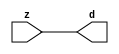

//------> ./rtl_mgc_ioport.v 
//------------------------------------------------------------------
//                M G C _ I O P O R T _ C O M P S
//------------------------------------------------------------------

//------------------------------------------------------------------
//                       M O D U L E S
//------------------------------------------------------------------

//------------------------------------------------------------------
//-- INPUT ENTITIES
//------------------------------------------------------------------

module mgc_in_wire (d, z);

  parameter integer rscid = 1;
  parameter integer width = 8;

  output [width-1:0] d;
  input  [width-1:0] z;

  wire   [width-1:0] d;

  assign d = z;

endmodule

//------------------------------------------------------------------

module mgc_in_wire_en (ld, d, lz, z);

  parameter integer rscid = 1;
  parameter integer width = 8;

  input              ld;
  output [width-1:0] d;
  output             lz;
  input  [width-1:0] z;

  wire   [width-1:0] d;
  wire               lz;

  assign d = z;
  assign lz = ld;

endmodule

//------------------------------------------------------------------

module mgc_in_wire_wait (ld, vd, d, lz, vz, z);

  parameter integer rscid = 1;
  parameter integer width = 8;

  input              ld;
  output             vd;
  output [width-1:0] d;
  output             lz;
  input              vz;
  input  [width-1:0] z;

  wire               vd;
  wire   [width-1:0] d;
  wire               lz;

  assign d = z;
  assign lz = ld;
  assign vd = vz;

endmodule
//------------------------------------------------------------------

module mgc_chan_in (ld, vd, d, lz, vz, z, size, req_size, sizez, sizelz);

  parameter integer rscid = 1;
  parameter integer width = 8;
  parameter integer sz_width = 8;

  input              ld;
  output             vd;
  output [width-1:0] d;
  output             lz;
  input              vz;
  input  [width-1:0] z;
  output [sz_width-1:0] size;
  input              req_size;
  input  [sz_width-1:0] sizez;
  output             sizelz;


  wire               vd;
  wire   [width-1:0] d;
  wire               lz;
  wire   [sz_width-1:0] size;
  wire               sizelz;

  assign d = z;
  assign lz = ld;
  assign vd = vz;
  assign size = sizez;
  assign sizelz = req_size;

endmodule


//------------------------------------------------------------------
//-- OUTPUT ENTITIES
//------------------------------------------------------------------

module mgc_out_stdreg (d, z);

  parameter integer rscid = 1;
  parameter integer width = 8;

  input    [width-1:0] d;
  output   [width-1:0] z;

  wire     [width-1:0] z;

  assign z = d;

endmodule

//------------------------------------------------------------------

module mgc_out_stdreg_en (ld, d, lz, z);

  parameter integer rscid = 1;
  parameter integer width = 8;

  input              ld;
  input  [width-1:0] d;
  output             lz;
  output [width-1:0] z;

  wire               lz;
  wire   [width-1:0] z;

  assign z = d;
  assign lz = ld;

endmodule

//------------------------------------------------------------------

module mgc_out_stdreg_wait (ld, vd, d, lz, vz, z);

  parameter integer rscid = 1;
  parameter integer width = 8;

  input              ld;
  output             vd;
  input  [width-1:0] d;
  output             lz;
  input              vz;
  output [width-1:0] z;

  wire               vd;
  wire               lz;
  wire   [width-1:0] z;

  assign z = d;
  assign lz = ld;
  assign vd = vz;

endmodule

//------------------------------------------------------------------

module mgc_out_prereg_en (ld, d, lz, z);

    parameter integer rscid = 1;
    parameter integer width = 8;

    input              ld;
    input  [width-1:0] d;
    output             lz;
    output [width-1:0] z;

    wire               lz;
    wire   [width-1:0] z;

    assign z = d;
    assign lz = ld;

endmodule

//------------------------------------------------------------------
//-- INOUT ENTITIES
//------------------------------------------------------------------

module mgc_inout_stdreg_en (ldin, din, ldout, dout, lzin, lzout, z);

    parameter integer rscid = 1;
    parameter integer width = 8;

    input              ldin;
    output [width-1:0] din;
    input              ldout;
    input  [width-1:0] dout;
    output             lzin;
    output             lzout;
    inout  [width-1:0] z;

    wire   [width-1:0] din;
    wire               lzin;
    wire               lzout;
    wire   [width-1:0] z;

    assign lzin = ldin;
    assign din = ldin ? z : {width{1'bz}};
    assign lzout = ldout;
    assign z = ldout ? dout : {width{1'bz}};

endmodule

//------------------------------------------------------------------
module hid_tribuf( I_SIG, ENABLE, O_SIG);
  parameter integer width = 8;

  input [width-1:0] I_SIG;
  input ENABLE;
  inout [width-1:0] O_SIG;

  assign O_SIG = (ENABLE) ? I_SIG : { width{1'bz}};

endmodule
//------------------------------------------------------------------

module mgc_inout_stdreg_wait (ldin, vdin, din, ldout, vdout, dout, lzin, vzin, lzout, vzout, z);

    parameter integer rscid = 1;
    parameter integer width = 8;

    input              ldin;
    output             vdin;
    output [width-1:0] din;
    input              ldout;
    output             vdout;
    input  [width-1:0] dout;
    output             lzin;
    input              vzin;
    output             lzout;
    input              vzout;
    inout  [width-1:0] z;

    wire               vdin;
    wire   [width-1:0] din;
    wire               vdout;
    wire               lzin;
    wire               lzout;
    wire   [width-1:0] z;
    wire   ldout_and_vzout;

    assign lzin = ldin;
    assign vdin = vzin;
    assign din = ldin ? z : {width{1'bz}};
    assign lzout = ldout;
    assign vdout = vzout ;
    assign ldout_and_vzout = ldout && vzout ;

    hid_tribuf #(width) tb( .I_SIG(dout),
                            .ENABLE(ldout_and_vzout),
                            .O_SIG(z) );

endmodule

//------------------------------------------------------------------

module mgc_inout_buf_wait (clk, en, arst, srst, ldin, vdin, din, ldout, vdout, dout, lzin, vzin, lzout, vzout, z);

    parameter integer rscid   = 0; // resource ID
    parameter integer width   = 8; // fifo width
    parameter         ph_clk  =  1'b1; // clock polarity 1=rising edge, 0=falling edge
    parameter         ph_en   =  1'b1; // clock enable polarity
    parameter         ph_arst =  1'b1; // async reset polarity
    parameter         ph_srst =  1'b1; // sync reset polarity

    input              clk;
    input              en;
    input              arst;
    input              srst;
    input              ldin;
    output             vdin;
    output [width-1:0] din;
    input              ldout;
    output             vdout;
    input  [width-1:0] dout;
    output             lzin;
    input              vzin;
    output             lzout;
    input              vzout;
    inout  [width-1:0] z;

    wire               lzout_buf;
    wire               vzout_buf;
    wire   [width-1:0] z_buf;
    wire               vdin;
    wire   [width-1:0] din;
    wire               vdout;
    wire               lzin;
    wire               lzout;
    wire   [width-1:0] z;

    assign lzin = ldin;
    assign vdin = vzin;
    assign din = ldin ? z : {width{1'bz}};
    assign lzout = lzout_buf & ~ldin;
    assign vzout_buf = vzout & ~ldin;
    hid_tribuf #(width) tb( .I_SIG(z_buf),
                            .ENABLE((lzout_buf && (!ldin) && vzout) ),
                            .O_SIG(z)  );

    mgc_out_buf_wait
    #(
        .rscid   (rscid),
        .width   (width),
        .ph_clk  (ph_clk),
        .ph_en   (ph_en),
        .ph_arst (ph_arst),
        .ph_srst (ph_srst)
    )
    BUFF
    (
        .clk     (clk),
        .en      (en),
        .arst    (arst),
        .srst    (srst),
        .ld      (ldout),
        .vd      (vdout),
        .d       (dout),
        .lz      (lzout_buf),
        .vz      (vzout_buf),
        .z       (z_buf)
    );


endmodule

module mgc_inout_fifo_wait (clk, en, arst, srst, ldin, vdin, din, ldout, vdout, dout, lzin, vzin, lzout, vzout, z);

    parameter integer rscid   = 0; // resource ID
    parameter integer width   = 8; // fifo width
    parameter integer fifo_sz = 8; // fifo depth
    parameter         ph_clk  = 1'b1;  // clock polarity 1=rising edge, 0=falling edge
    parameter         ph_en   = 1'b1;  // clock enable polarity
    parameter         ph_arst = 1'b1;  // async reset polarity
    parameter         ph_srst = 1'b1;  // sync reset polarity
    parameter integer ph_log2 = 3;     // log2(fifo_sz)
    parameter integer pwropt  = 0;     // pwropt

    input              clk;
    input              en;
    input              arst;
    input              srst;
    input              ldin;
    output             vdin;
    output [width-1:0] din;
    input              ldout;
    output             vdout;
    input  [width-1:0] dout;
    output             lzin;
    input              vzin;
    output             lzout;
    input              vzout;
    inout  [width-1:0] z;

    wire               lzout_buf;
    wire               vzout_buf;
    wire   [width-1:0] z_buf;
    wire               comb;
    wire               vdin;
    wire   [width-1:0] din;
    wire               vdout;
    wire               lzin;
    wire               lzout;
    wire   [width-1:0] z;

    assign lzin = ldin;
    assign vdin = vzin;
    assign din = ldin ? z : {width{1'bz}};
    assign lzout = lzout_buf & ~ldin;
    assign vzout_buf = vzout & ~ldin;
    assign comb = (lzout_buf && (!ldin) && vzout);

    hid_tribuf #(width) tb2( .I_SIG(z_buf), .ENABLE(comb), .O_SIG(z)  );

    mgc_out_fifo_wait
    #(
        .rscid   (rscid),
        .width   (width),
        .fifo_sz (fifo_sz),
        .ph_clk  (ph_clk),
        .ph_en   (ph_en),
        .ph_arst (ph_arst),
        .ph_srst (ph_srst),
        .ph_log2 (ph_log2),
        .pwropt  (pwropt)
    )
    FIFO
    (
        .clk   (clk),
        .en      (en),
        .arst    (arst),
        .srst    (srst),
        .ld      (ldout),
        .vd      (vdout),
        .d       (dout),
        .lz      (lzout_buf),
        .vz      (vzout_buf),
        .z       (z_buf)
    );

endmodule

//------------------------------------------------------------------
//-- I/O SYNCHRONIZATION ENTITIES
//------------------------------------------------------------------

module mgc_io_sync (ld, lz);

    input  ld;
    output lz;

    assign lz = ld;

endmodule

module mgc_bsync_rdy (rd, rz);

    parameter integer rscid   = 0; // resource ID
    parameter ready = 1;
    parameter valid = 0;

    input  rd;
    output rz;

    wire   rz;

    assign rz = rd;

endmodule

module mgc_bsync_vld (vd, vz);

    parameter integer rscid   = 0; // resource ID
    parameter ready = 0;
    parameter valid = 1;

    output vd;
    input  vz;

    wire   vd;

    assign vd = vz;

endmodule

module mgc_bsync_rv (rd, vd, rz, vz);

    parameter integer rscid   = 0; // resource ID
    parameter ready = 1;
    parameter valid = 1;

    input  rd;
    output vd;
    output rz;
    input  vz;

    wire   vd;
    wire   rz;

    assign rz = rd;
    assign vd = vz;

endmodule

//------------------------------------------------------------------

module mgc_sync (ldin, vdin, ldout, vdout);

  input  ldin;
  output vdin;
  input  ldout;
  output vdout;

  wire   vdin;
  wire   vdout;

  assign vdin = ldout;
  assign vdout = ldin;

endmodule

///////////////////////////////////////////////////////////////////////////////
// dummy function used to preserve funccalls for modulario
// it looks like a memory read to the caller
///////////////////////////////////////////////////////////////////////////////
module funccall_inout (d, ad, bd, z, az, bz);

  parameter integer ram_id = 1;
  parameter integer width = 8;
  parameter integer addr_width = 8;

  output [width-1:0]       d;
  input  [addr_width-1:0]  ad;
  input                    bd;
  input  [width-1:0]       z;
  output [addr_width-1:0]  az;
  output                   bz;

  wire   [width-1:0]       d;
  wire   [addr_width-1:0]  az;
  wire                     bz;

  assign d  = z;
  assign az = ad;
  assign bz = bd;

endmodule


///////////////////////////////////////////////////////////////////////////////
// inlinable modular io not otherwise found in mgc_ioport
///////////////////////////////////////////////////////////////////////////////

module modulario_en_in (vd, d, vz, z);

  parameter integer rscid = 1;
  parameter integer width = 8;

  output             vd;
  output [width-1:0] d;
  input              vz;
  input  [width-1:0] z;

  wire   [width-1:0] d;
  wire               vd;

  assign d = z;
  assign vd = vz;

endmodule

//------> ./rtl_mgc_ioport_v2001.v 
//------------------------------------------------------------------

module mgc_out_reg_pos (clk, en, arst, srst, ld, d, lz, z);

    parameter integer rscid   = 1;
    parameter integer width   = 8;
    parameter         ph_en   =  1'b1;
    parameter         ph_arst =  1'b1;
    parameter         ph_srst =  1'b1;

    input              clk;
    input              en;
    input              arst;
    input              srst;
    input              ld;
    input  [width-1:0] d;
    output             lz;
    output [width-1:0] z;

    reg                lz;
    reg    [width-1:0] z;

    generate
    if (ph_arst == 1'b0)
    begin: NEG_ARST
        always @(posedge clk or negedge arst)
        if (arst == 1'b0)
        begin: B1
            lz <= 1'b0;
            z  <= {width{1'b0}};
        end
        else if (srst == ph_srst)
        begin: B2
            lz <= 1'b0;
            z  <= {width{1'b0}};
        end
        else if (en == ph_en)
        begin: B3
            lz <= ld;
            z  <= (ld) ? d : z;
        end
    end
    else
    begin: POS_ARST
        always @(posedge clk or posedge arst)
        if (arst == 1'b1)
        begin: B1
            lz <= 1'b0;
            z  <= {width{1'b0}};
        end
        else if (srst == ph_srst)
        begin: B2
            lz <= 1'b0;
            z  <= {width{1'b0}};
        end
        else if (en == ph_en)
        begin: B3
            lz <= ld;
            z  <= (ld) ? d : z;
        end
    end
    endgenerate

endmodule

//------------------------------------------------------------------

module mgc_out_reg_neg (clk, en, arst, srst, ld, d, lz, z);

    parameter integer rscid   = 1;
    parameter integer width   = 8;
    parameter         ph_en   =  1'b1;
    parameter         ph_arst =  1'b1;
    parameter         ph_srst =  1'b1;

    input              clk;
    input              en;
    input              arst;
    input              srst;
    input              ld;
    input  [width-1:0] d;
    output             lz;
    output [width-1:0] z;

    reg                lz;
    reg    [width-1:0] z;

    generate
    if (ph_arst == 1'b0)
    begin: NEG_ARST
        always @(negedge clk or negedge arst)
        if (arst == 1'b0)
        begin: B1
            lz <= 1'b0;
            z  <= {width{1'b0}};
        end
        else if (srst == ph_srst)
        begin: B2
            lz <= 1'b0;
            z  <= {width{1'b0}};
        end
        else if (en == ph_en)
        begin: B3
            lz <= ld;
            z  <= (ld) ? d : z;
        end
    end
    else
    begin: POS_ARST
        always @(negedge clk or posedge arst)
        if (arst == 1'b1)
        begin: B1
            lz <= 1'b0;
            z  <= {width{1'b0}};
        end
        else if (srst == ph_srst)
        begin: B2
            lz <= 1'b0;
            z  <= {width{1'b0}};
        end
        else if (en == ph_en)
        begin: B3
            lz <= ld;
            z  <= (ld) ? d : z;
        end
    end
    endgenerate

endmodule

//------------------------------------------------------------------

module mgc_out_reg (clk, en, arst, srst, ld, d, lz, z); // Not Supported

    parameter integer rscid   = 1;
    parameter integer width   = 8;
    parameter         ph_clk  =  1'b1;
    parameter         ph_en   =  1'b1;
    parameter         ph_arst =  1'b1;
    parameter         ph_srst =  1'b1;

    input              clk;
    input              en;
    input              arst;
    input              srst;
    input              ld;
    input  [width-1:0] d;
    output             lz;
    output [width-1:0] z;


    generate
    if (ph_clk == 1'b0)
    begin: NEG_EDGE

        mgc_out_reg_neg
        #(
            .rscid   (rscid),
            .width   (width),
            .ph_en   (ph_en),
            .ph_arst (ph_arst),
            .ph_srst (ph_srst)
        )
        mgc_out_reg_neg_inst
        (
            .clk     (clk),
            .en      (en),
            .arst    (arst),
            .srst    (srst),
            .ld      (ld),
            .d       (d),
            .lz      (lz),
            .z       (z)
        );

    end
    else
    begin: POS_EDGE

        mgc_out_reg_pos
        #(
            .rscid   (rscid),
            .width   (width),
            .ph_en   (ph_en),
            .ph_arst (ph_arst),
            .ph_srst (ph_srst)
        )
        mgc_out_reg_pos_inst
        (
            .clk     (clk),
            .en      (en),
            .arst    (arst),
            .srst    (srst),
            .ld      (ld),
            .d       (d),
            .lz      (lz),
            .z       (z)
        );

    end
    endgenerate

endmodule




//------------------------------------------------------------------

module mgc_out_buf_wait (clk, en, arst, srst, ld, vd, d, vz, lz, z); // Not supported

    parameter integer rscid   = 1;
    parameter integer width   = 8;
    parameter         ph_clk  =  1'b1;
    parameter         ph_en   =  1'b1;
    parameter         ph_arst =  1'b1;
    parameter         ph_srst =  1'b1;

    input              clk;
    input              en;
    input              arst;
    input              srst;
    input              ld;
    output             vd;
    input  [width-1:0] d;
    output             lz;
    input              vz;
    output [width-1:0] z;

    wire               filled;
    wire               filled_next;
    wire   [width-1:0] abuf;
    wire               lbuf;


    assign filled_next = (filled & (~vz)) | (filled & ld) | (ld & (~vz));

    assign lbuf = ld & ~(filled ^ vz);

    assign vd = vz | ~filled;

    assign lz = ld | filled;

    assign z = (filled) ? abuf : d;

    wire dummy;
    wire dummy_bufreg_lz;

    // Output registers:
    mgc_out_reg
    #(
        .rscid   (rscid),
        .width   (1'b1),
        .ph_clk  (ph_clk),
        .ph_en   (ph_en),
        .ph_arst (ph_arst),
        .ph_srst (ph_srst)
    )
    STATREG
    (
        .clk     (clk),
        .en      (en),
        .arst    (arst),
        .srst    (srst),
        .ld      (filled_next),
        .d       (1'b0),       // input d is unused
        .lz      (filled),
        .z       (dummy)            // output z is unused
    );

    mgc_out_reg
    #(
        .rscid   (rscid),
        .width   (width),
        .ph_clk  (ph_clk),
        .ph_en   (ph_en),
        .ph_arst (ph_arst),
        .ph_srst (ph_srst)
    )
    BUFREG
    (
        .clk     (clk),
        .en      (en),
        .arst    (arst),
        .srst    (srst),
        .ld      (lbuf),
        .d       (d),
        .lz      (dummy_bufreg_lz),
        .z       (abuf)
    );

endmodule

//------------------------------------------------------------------

module mgc_out_fifo_wait (clk, en, arst, srst, ld, vd, d, lz, vz,  z);

    parameter integer rscid   = 0; // resource ID
    parameter integer width   = 8; // fifo width
    parameter integer fifo_sz = 8; // fifo depth
    parameter         ph_clk  = 1'b1; // clock polarity 1=rising edge, 0=falling edge
    parameter         ph_en   = 1'b1; // clock enable polarity
    parameter         ph_arst = 1'b1; // async reset polarity
    parameter         ph_srst = 1'b1; // sync reset polarity
    parameter integer ph_log2 = 3; // log2(fifo_sz)
    parameter integer pwropt  = 0; // pwropt


    input                 clk;
    input                 en;
    input                 arst;
    input                 srst;
    input                 ld;    // load data
    output                vd;    // fifo full active low
    input     [width-1:0] d;
    output                lz;    // fifo ready to send
    input                 vz;    // dest ready for data
    output    [width-1:0] z;

    wire    [31:0]      size;


      // Output registers:
 mgc_out_fifo_wait_core#(
        .rscid   (rscid),
        .width   (width),
        .sz_width (32),
        .fifo_sz (fifo_sz),
        .ph_clk  (ph_clk),
        .ph_en   (ph_en),
        .ph_arst (ph_arst),
        .ph_srst (ph_srst),
        .ph_log2 (ph_log2),
        .pwropt  (pwropt)
        ) CORE (
        .clk (clk),
        .en (en),
        .arst (arst),
        .srst (srst),
        .ld (ld),
        .vd (vd),
        .d (d),
        .lz (lz),
        .vz (vz),
        .z (z),
        .size (size)
        );

endmodule



module mgc_out_fifo_wait_core (clk, en, arst, srst, ld, vd, d, lz, vz,  z, size);

    parameter integer rscid   = 0; // resource ID
    parameter integer width   = 8; // fifo width
    parameter integer sz_width = 8; // size of port for elements in fifo
    parameter integer fifo_sz = 8; // fifo depth
    parameter         ph_clk  =  1'b1; // clock polarity 1=rising edge, 0=falling edge
    parameter         ph_en   =  1'b1; // clock enable polarity
    parameter         ph_arst =  1'b1; // async reset polarity
    parameter         ph_srst =  1'b1; // sync reset polarity
    parameter integer ph_log2 = 3; // log2(fifo_sz)
    parameter integer pwropt  = 0; // pwropt

   localparam integer  fifo_b = width * fifo_sz;

    input                 clk;
    input                 en;
    input                 arst;
    input                 srst;
    input                 ld;    // load data
    output                vd;    // fifo full active low
    input     [width-1:0] d;
    output                lz;    // fifo ready to send
    input                 vz;    // dest ready for data
    output    [width-1:0] z;
    output    [sz_width-1:0]      size;

    reg      [( (fifo_sz > 0) ? fifo_sz : 1)-1:0] stat_pre;
    wire     [( (fifo_sz > 0) ? fifo_sz : 1)-1:0] stat;
    reg      [( (fifo_b > 0) ? fifo_b : 1)-1:0] buff_pre;
    wire     [( (fifo_b > 0) ? fifo_b : 1)-1:0] buff;
    reg      [( (fifo_sz > 0) ? fifo_sz : 1)-1:0] en_l;
    reg      [(((fifo_sz > 0) ? fifo_sz : 1)-1)/8:0] en_l_s;

    reg       [width-1:0] buff_nxt;

    reg                   stat_nxt;
    reg                   stat_before;
    reg                   stat_after;
    reg                   en_l_var;

    integer               i;
    genvar                eni;

    wire [32:0]           size_t;
    reg [31:0]            count;
    reg [31:0]            count_t;
    reg [32:0]            n_elem;
// pragma translate_off
    reg [31:0]            peak;
// pragma translate_on

    wire [( (fifo_sz > 0) ? fifo_sz : 1)-1:0] dummy_statreg_lz;
    wire [( (fifo_b > 0) ? fifo_b : 1)-1:0] dummy_bufreg_lz;

    generate
    if ( fifo_sz > 0 )
    begin: FIFO_REG
      assign vd = vz | ~stat[0];
      assign lz = ld | stat[fifo_sz-1];
      assign size_t = (count - (vz && stat[fifo_sz-1])) + ld;
      assign size = size_t[sz_width-1:0];
      assign z = (stat[fifo_sz-1]) ? buff[fifo_b-1:width*(fifo_sz-1)] : d;

      always @(*)
      begin: FIFOPROC
        n_elem = 33'b0;
        for (i = fifo_sz-1; i >= 0; i = i - 1)
        begin
          if (i != 0)
            stat_before = stat[i-1];
          else
            stat_before = 1'b0;

          if (i != (fifo_sz-1))
            stat_after = stat[i+1];
          else
            stat_after = 1'b1;

          stat_nxt = stat_after &
                    (stat_before | (stat[i] & (~vz)) | (stat[i] & ld) | (ld & (~vz)));

          stat_pre[i] = stat_nxt;
          en_l_var = 1'b1;
          if (!stat_nxt)
            begin
              buff_nxt = {width{1'b0}};
              en_l_var = 1'b0;
            end
          else if (vz && stat_before)
            buff_nxt[0+:width] = buff[width*(i-1)+:width];
          else if (ld && !((vz && stat_before) || ((!vz) && stat[i])))
            buff_nxt = d;
          else
            begin
              if (pwropt == 0)
                buff_nxt[0+:width] = buff[width*i+:width];
              else
                buff_nxt = {width{1'b0}};
              en_l_var = 1'b0;
            end

          if (ph_en != 0)
            en_l[i] = en & en_l_var;
          else
            en_l[i] = en | ~en_l_var;

          buff_pre[width*i+:width] = buff_nxt[0+:width];

          if ((stat_after == 1'b1) && (stat[i] == 1'b0))
            n_elem = ($unsigned(fifo_sz) - 1) - i;
        end

        if (ph_en != 0)
          en_l_s[(((fifo_sz > 0) ? fifo_sz : 1)-1)/8] = 1'b1;
        else
          en_l_s[(((fifo_sz > 0) ? fifo_sz : 1)-1)/8] = 1'b0;

        for (i = fifo_sz-1; i >= 7; i = i - 1)
        begin
          if ((i%'d2) == 0)
          begin
            if (ph_en != 0)
              en_l_s[(i/8)-1] = en & (stat[i]|stat_pre[i-1]);
            else
              en_l_s[(i/8)-1] = en | ~(stat[i]|stat_pre[i-1]);
          end
        end

        if ( stat[fifo_sz-1] == 1'b0 )
          count_t = 32'b0;
        else if ( stat[0] == 1'b1 )
          count_t = { {(32-ph_log2){1'b0}}, fifo_sz};
        else
          count_t = n_elem[31:0];
        count = count_t;
// pragma translate_off
        if ( peak < count )
          peak = count;
// pragma translate_on
      end

      if (pwropt == 0)
      begin: NOCGFIFO
        // Output registers:
        mgc_out_reg
        #(
            .rscid   (rscid),
            .width   (fifo_sz),
            .ph_clk  (ph_clk),
            .ph_en   (ph_en),
            .ph_arst (ph_arst),
            .ph_srst (ph_srst)
        )
        STATREG
        (
            .clk     (clk),
            .en      (en),
            .arst    (arst),
            .srst    (srst),
            .ld      (1'b1),
            .d       (stat_pre),
            .lz      (dummy_statreg_lz[0]),
            .z       (stat)
        );
        mgc_out_reg
        #(
            .rscid   (rscid),
            .width   (fifo_b),
            .ph_clk  (ph_clk),
            .ph_en   (ph_en),
            .ph_arst (ph_arst),
            .ph_srst (ph_srst)
        )
        BUFREG
        (
            .clk     (clk),
            .en      (en),
            .arst    (arst),
            .srst    (srst),
            .ld      (1'b1),
            .d       (buff_pre),
            .lz      (dummy_bufreg_lz[0]),
            .z       (buff)
        );
      end
      else
      begin: CGFIFO
        // Output registers:
        if ( pwropt > 1)
        begin: CGSTATFIFO2
          for (eni = fifo_sz-1; eni >= 0; eni = eni - 1)
          begin: pwroptGEN1
            mgc_out_reg
            #(
              .rscid   (rscid),
              .width   (1),
              .ph_clk  (ph_clk),
              .ph_en   (ph_en),
              .ph_arst (ph_arst),
              .ph_srst (ph_srst)
            )
            STATREG
            (
              .clk     (clk),
              .en      (en_l_s[eni/8]),
              .arst    (arst),
              .srst    (srst),
              .ld      (1'b1),
              .d       (stat_pre[eni]),
              .lz      (dummy_statreg_lz[eni]),
              .z       (stat[eni])
            );
          end
        end
        else
        begin: CGSTATFIFO
          mgc_out_reg
          #(
            .rscid   (rscid),
            .width   (fifo_sz),
            .ph_clk  (ph_clk),
            .ph_en   (ph_en),
            .ph_arst (ph_arst),
            .ph_srst (ph_srst)
          )
          STATREG
          (
            .clk     (clk),
            .en      (en),
            .arst    (arst),
            .srst    (srst),
            .ld      (1'b1),
            .d       (stat_pre),
            .lz      (dummy_statreg_lz[0]),
            .z       (stat)
          );
        end
        for (eni = fifo_sz-1; eni >= 0; eni = eni - 1)
        begin: pwroptGEN2
          mgc_out_reg
          #(
            .rscid   (rscid),
            .width   (width),
            .ph_clk  (ph_clk),
            .ph_en   (ph_en),
            .ph_arst (ph_arst),
            .ph_srst (ph_srst)
          )
          BUFREG
          (
            .clk     (clk),
            .en      (en_l[eni]),
            .arst    (arst),
            .srst    (srst),
            .ld      (1'b1),
            .d       (buff_pre[width*eni+:width]),
            .lz      (dummy_bufreg_lz[eni]),
            .z       (buff[width*eni+:width])
          );
        end
      end
    end
    else
    begin: FEED_THRU
      assign vd = vz;
      assign lz = ld;
      assign z = d;
      assign size = ld && !vz;
    end
    endgenerate

endmodule

//------------------------------------------------------------------
//-- PIPE ENTITIES
//------------------------------------------------------------------
/*
 *
 *             _______________________________________________
 * WRITER    |                                               |          READER
 *           |           MGC_PIPE                            |
 *           |           __________________________          |
 *        --<| vdout  --<| vd ---------------  vz<|-----ldin<|---
 *           |           |      FIFO              |          |
 *        ---|>ldout  ---|>ld ---------------- lz |> ---vdin |>--
 *        ---|>dout -----|>d  ---------------- dz |> ----din |>--
 *           |           |________________________|          |
 *           |_______________________________________________|
 */
// two clock pipe
module mgc_pipe (clk, en, arst, srst, ldin, vdin, din, ldout, vdout, dout, size, req_size);

    parameter integer rscid   = 0; // resource ID
    parameter integer width   = 8; // fifo width
    parameter integer sz_width = 8; // width of size of elements in fifo
    parameter integer fifo_sz = 8; // fifo depth
    parameter integer log2_sz = 3; // log2(fifo_sz)
    parameter         ph_clk  = 1'b1;  // clock polarity 1=rising edge, 0=falling edge
    parameter         ph_en   = 1'b1;  // clock enable polarity
    parameter         ph_arst = 1'b1;  // async reset polarity
    parameter         ph_srst = 1'b1;  // sync reset polarity
    parameter integer pwropt  = 0; // pwropt

    input              clk;
    input              en;
    input              arst;
    input              srst;
    input              ldin;
    output             vdin;
    output [width-1:0] din;
    input              ldout;
    output             vdout;
    input  [width-1:0] dout;
    output [sz_width-1:0]      size;
    input              req_size;


    mgc_out_fifo_wait_core
    #(
        .rscid    (rscid),
        .width    (width),
        .sz_width (sz_width),
        .fifo_sz  (fifo_sz),
        .ph_clk   (ph_clk),
        .ph_en    (ph_en),
        .ph_arst  (ph_arst),
        .ph_srst  (ph_srst),
        .ph_log2  (log2_sz),
        .pwropt   (pwropt)
    )
    FIFO
    (
        .clk     (clk),
        .en      (en),
        .arst    (arst),
        .srst    (srst),
        .ld      (ldout),
        .vd      (vdout),
        .d       (dout),
        .lz      (vdin),
        .vz      (ldin),
        .z       (din),
        .size    (size)
    );

endmodule


//------> ./rtl.v 
// ----------------------------------------------------------------------
//  HLS HDL:        Verilog Netlister
//  HLS Version:    2011a.126 Production Release
//  HLS Date:       Wed Aug  8 00:52:07 PDT 2012
// 
//  Generated by:   kjr115@EEWS104A-022
//  Generated date: Mon May 09 17:53:28 2016
// ----------------------------------------------------------------------

// 
// ------------------------------------------------------------------
//  Design Unit:    MazeArrayTester_core_fsm
//  FSM Module
// ------------------------------------------------------------------


module MazeArrayTester_core_fsm (
  clk, rst, fsm_output, st_main_tr0, st_if_for_for_1_tr0, st_if_for_tr0
);
  input clk;
  input rst;
  output [4:0] fsm_output;
  reg [4:0] fsm_output;
  input st_main_tr0;
  input st_if_for_for_1_tr0;
  input st_if_for_tr0;


  // FSM State Type Declaration for MazeArrayTester_core_fsm_1
  parameter
    st_core_rlp = 3'd0,
    st_main = 3'd1,
    st_if_for_for = 3'd2,
    st_if_for_for_1 = 3'd3,
    st_if_for = 3'd4,
    state_x = 3'b000;

  reg [2:0] state_var;
  reg [2:0] state_var_NS;


  // Interconnect Declarations for Component Instantiations 
  always @(*)
  begin : MazeArrayTester_core_fsm_1
    case (state_var)
      st_core_rlp : begin
        fsm_output = 5'b1;
        state_var_NS = st_main;
      end
      st_main : begin
        fsm_output = 5'b10;
        if ( st_main_tr0 ) begin
          state_var_NS = st_main;
        end
        else begin
          state_var_NS = st_if_for_for;
        end
      end
      st_if_for_for : begin
        fsm_output = 5'b100;
        state_var_NS = st_if_for_for_1;
      end
      st_if_for_for_1 : begin
        fsm_output = 5'b1000;
        if ( st_if_for_for_1_tr0 ) begin
          state_var_NS = st_if_for;
        end
        else begin
          state_var_NS = st_if_for_for;
        end
      end
      st_if_for : begin
        fsm_output = 5'b10000;
        if ( st_if_for_tr0 ) begin
          state_var_NS = st_main;
        end
        else begin
          state_var_NS = st_if_for_for;
        end
      end
      default : begin
        fsm_output = 5'b00000;
        state_var_NS = st_core_rlp;
      end
    endcase
  end

  always @(posedge clk) begin
    if ( rst ) begin
      state_var <= st_core_rlp;
    end
    else begin
      state_var <= state_var_NS;
    end
  end

endmodule

// ------------------------------------------------------------------
//  Design Unit:    MazeArrayTester_core
// ------------------------------------------------------------------


module MazeArrayTester_core (
  clk, rst, row_rsc_mgc_out_stdreg_d, col_rsc_mgc_out_stdreg_d, out_rsc_mgc_out_stdreg_d,
      write_rsc_mgc_out_stdreg_d
);
  input clk;
  input rst;
  output [4:0] row_rsc_mgc_out_stdreg_d;
  reg [4:0] row_rsc_mgc_out_stdreg_d;
  output [4:0] col_rsc_mgc_out_stdreg_d;
  reg [4:0] col_rsc_mgc_out_stdreg_d;
  output [2:0] out_rsc_mgc_out_stdreg_d;
  reg [2:0] out_rsc_mgc_out_stdreg_d;
  output write_rsc_mgc_out_stdreg_d;
  reg write_rsc_mgc_out_stdreg_d;


  // Interconnect Declarations
  wire [4:0] fsm_output;
  wire and_dcpl_4;
  wire and_dcpl_5;
  reg written_sva;
  reg [4:0] if_for_i_1_sva;
  reg [4:0] if_for_for_j_1_sva_1;
  reg if_for_for_slc_itm;
  wire and_8_cse;
  wire [5:0] z_out;
  wire [6:0] nl_z_out;
  wire [4:0] z_out_1;
  wire [5:0] nl_z_out_1;

  wire[4:0] mux_3_nl;

  // Interconnect Declarations for Component Instantiations 
  wire [0:0] nl_MazeArrayTester_core_fsm_inst_st_if_for_for_1_tr0;
  assign nl_MazeArrayTester_core_fsm_inst_st_if_for_for_1_tr0 = ~ if_for_for_slc_itm;
  wire [0:0] nl_MazeArrayTester_core_fsm_inst_st_if_for_tr0;
  assign nl_MazeArrayTester_core_fsm_inst_st_if_for_tr0 = ~ (z_out[5]);
  MazeArrayTester_core_fsm MazeArrayTester_core_fsm_inst (
      .clk(clk),
      .rst(rst),
      .fsm_output(fsm_output),
      .st_main_tr0(written_sva),
      .st_if_for_for_1_tr0(nl_MazeArrayTester_core_fsm_inst_st_if_for_for_1_tr0),
      .st_if_for_tr0(nl_MazeArrayTester_core_fsm_inst_st_if_for_tr0)
    );
  assign and_8_cse = (~((fsm_output[4]) & (z_out[5]))) & (written_sva | (~ (fsm_output[1])))
      & (~(if_for_for_slc_itm & (fsm_output[3])));
  assign and_dcpl_4 = (~ written_sva) & (fsm_output[1]);
  assign and_dcpl_5 = (fsm_output[4]) & (z_out[5]);
  always @(posedge clk) begin
    if ( rst ) begin
      write_rsc_mgc_out_stdreg_d <= 1'b0;
      out_rsc_mgc_out_stdreg_d <= 3'b0;
      col_rsc_mgc_out_stdreg_d <= 5'b0;
      row_rsc_mgc_out_stdreg_d <= 5'b0;
      written_sva <= 1'b0;
      if_for_i_1_sva <= 5'b0;
      if_for_for_slc_itm <= 1'b0;
      if_for_for_j_1_sva_1 <= 5'b0;
    end
    else begin
      write_rsc_mgc_out_stdreg_d <= (write_rsc_mgc_out_stdreg_d & (~(((fsm_output[4])
          & (~ (z_out[5]))) | (written_sva & (fsm_output[1]))))) | (fsm_output[0]);
      out_rsc_mgc_out_stdreg_d <= MUX_v_3_2_2({out_rsc_mgc_out_stdreg_d , ({2'b0
          , ((~((~((if_for_i_1_sva[4]) & (if_for_i_1_sva[3]) & (if_for_i_1_sva[1])
          & (~((if_for_i_1_sva[2]) | (if_for_i_1_sva[0]))))) & ((if_for_i_1_sva[4])
          | (if_for_i_1_sva[3]) | (if_for_i_1_sva[2]) | (if_for_i_1_sva[1]) | (if_for_i_1_sva[0]))))
          | (~((~((col_rsc_mgc_out_stdreg_d[4]) & (col_rsc_mgc_out_stdreg_d[3]) &
          (col_rsc_mgc_out_stdreg_d[1]) & (~((col_rsc_mgc_out_stdreg_d[2]) | (col_rsc_mgc_out_stdreg_d[0])))))
          & ((col_rsc_mgc_out_stdreg_d[4]) | (col_rsc_mgc_out_stdreg_d[3]) | (col_rsc_mgc_out_stdreg_d[2])
          | (col_rsc_mgc_out_stdreg_d[1]) | (col_rsc_mgc_out_stdreg_d[0])))))})},
          fsm_output[2]);
      col_rsc_mgc_out_stdreg_d <= (MUX_v_5_2_2({if_for_for_j_1_sva_1 , col_rsc_mgc_out_stdreg_d},
          and_8_cse)) & (signext_5_1(~(and_dcpl_5 | and_dcpl_4)));
      row_rsc_mgc_out_stdreg_d <= (MUX1HOT_v_5_3_2({if_for_i_1_sva , z_out_1 , row_rsc_mgc_out_stdreg_d},
          {(if_for_for_slc_itm & (fsm_output[3])) , and_dcpl_5 , and_8_cse})) & (signext_5_1(~
          and_dcpl_4));
      written_sva <= (fsm_output[4]) | (fsm_output[1]);
      if_for_i_1_sva <= (MUX_v_5_2_2({z_out_1 , if_for_i_1_sva}, ~((fsm_output[4])
          | (fsm_output[1])))) & (signext_5_1(~ (fsm_output[1])));
      if_for_for_slc_itm <= z_out[5];
      if_for_for_j_1_sva_1 <= z_out_1;
    end
  end
  assign nl_z_out = conv_u2u_5_6(z_out_1) + 6'b100101;
  assign z_out = nl_z_out[5:0];
  assign mux_3_nl = MUX_v_5_2_2({col_rsc_mgc_out_stdreg_d , if_for_i_1_sva}, fsm_output[4]);
  assign nl_z_out_1 = (mux_3_nl) + 5'b1;
  assign z_out_1 = nl_z_out_1[4:0];

  function [2:0] MUX_v_3_2_2;
    input [5:0] inputs;
    input [0:0] sel;
    reg [2:0] result;
  begin
    case (sel)
      1'b0 : begin
        result = inputs[5:3];
      end
      1'b1 : begin
        result = inputs[2:0];
      end
      default : begin
        result = inputs[5:3];
      end
    endcase
    MUX_v_3_2_2 = result;
  end
  endfunction


  function [4:0] MUX_v_5_2_2;
    input [9:0] inputs;
    input [0:0] sel;
    reg [4:0] result;
  begin
    case (sel)
      1'b0 : begin
        result = inputs[9:5];
      end
      1'b1 : begin
        result = inputs[4:0];
      end
      default : begin
        result = inputs[9:5];
      end
    endcase
    MUX_v_5_2_2 = result;
  end
  endfunction


  function [4:0] signext_5_1;
    input [0:0] vector;
  begin
    signext_5_1= {{4{vector[0]}}, vector};
  end
  endfunction


  function [4:0] MUX1HOT_v_5_3_2;
    input [14:0] inputs;
    input [2:0] sel;
    reg [4:0] result;
    integer i;
  begin
    result = inputs[0+:5] & {5{sel[0]}};
    for( i = 1; i < 3; i = i + 1 )
      result = result | (inputs[i*5+:5] & {5{sel[i]}});
    MUX1HOT_v_5_3_2 = result;
  end
  endfunction


  function  [5:0] conv_u2u_5_6 ;
    input [4:0]  vector ;
  begin
    conv_u2u_5_6 = {1'b0, vector};
  end
  endfunction

endmodule

// ------------------------------------------------------------------
//  Design Unit:    MazeArrayTester
//  Generated from file(s):
//    2) $PROJECT_HOME/../../src/MazeArrayTester.cpp
// ------------------------------------------------------------------


module MazeArrayTester (
  row_rsc_z, col_rsc_z, out_rsc_z, write_rsc_z, clk, rst
);
  output [4:0] row_rsc_z;
  output [4:0] col_rsc_z;
  output [2:0] out_rsc_z;
  output write_rsc_z;
  input clk;
  input rst;


  // Interconnect Declarations
  wire [4:0] row_rsc_mgc_out_stdreg_d;
  wire [4:0] col_rsc_mgc_out_stdreg_d;
  wire [2:0] out_rsc_mgc_out_stdreg_d;
  wire write_rsc_mgc_out_stdreg_d;


  // Interconnect Declarations for Component Instantiations 
  mgc_out_stdreg #(.rscid(1),
  .width(5)) row_rsc_mgc_out_stdreg (
      .d(row_rsc_mgc_out_stdreg_d),
      .z(row_rsc_z)
    );
  mgc_out_stdreg #(.rscid(2),
  .width(5)) col_rsc_mgc_out_stdreg (
      .d(col_rsc_mgc_out_stdreg_d),
      .z(col_rsc_z)
    );
  mgc_out_stdreg #(.rscid(3),
  .width(3)) out_rsc_mgc_out_stdreg (
      .d(out_rsc_mgc_out_stdreg_d),
      .z(out_rsc_z)
    );
  mgc_out_stdreg #(.rscid(4),
  .width(1)) write_rsc_mgc_out_stdreg (
      .d(write_rsc_mgc_out_stdreg_d),
      .z(write_rsc_z)
    );
  MazeArrayTester_core MazeArrayTester_core_inst (
      .clk(clk),
      .rst(rst),
      .row_rsc_mgc_out_stdreg_d(row_rsc_mgc_out_stdreg_d),
      .col_rsc_mgc_out_stdreg_d(col_rsc_mgc_out_stdreg_d),
      .out_rsc_mgc_out_stdreg_d(out_rsc_mgc_out_stdreg_d),
      .write_rsc_mgc_out_stdreg_d(write_rsc_mgc_out_stdreg_d)
    );
endmodule